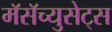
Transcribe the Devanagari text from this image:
मॅसॅच्युसेट्‌स